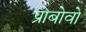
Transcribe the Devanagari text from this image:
प्राबोवो